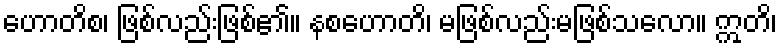
ဟောတိစ၊ ဖြစ်လည်းဖြစ်၏။ နစဟောတိ၊ မဖြစ်လည်းမဖြစ်သလော။ ဣတိ၊